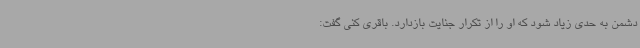
دشمن به حدی زیاد شود که او را از تکرار جنایت بازدارد. باقری کنی گفت: